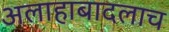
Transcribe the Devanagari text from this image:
अलाहाबादलाच